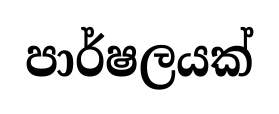
පාර්ෂලයක්